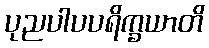
ပုညပါပပရိက္ခယာတိ